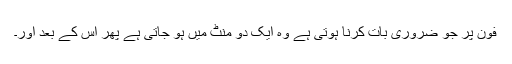
فون پر جو ضروری بات کرنا ہوتی ہے وہ ایک دو منٹ میں ہو جاتی ہے پھر اس کے بعد اور۔